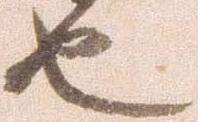
也